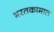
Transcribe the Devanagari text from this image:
भरतकामात